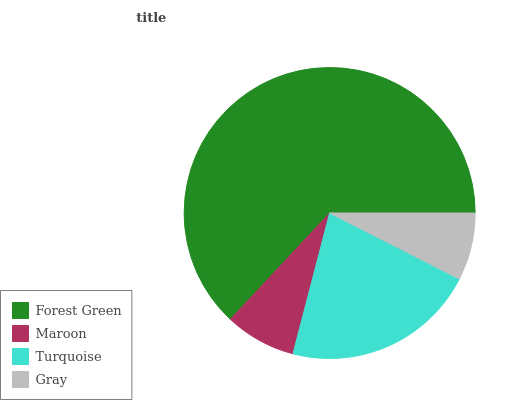
| Forest Green | Maroon | Turquoise | Gray |
 | --- | --- | --- | --- |
 | 63% | 7.91% | 21.6% | 7.48% |